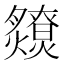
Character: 𤒧